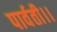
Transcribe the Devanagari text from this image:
पार्वती।।